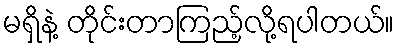
မရှိနဲ့ တိုင်းတာကြည့်လို့ရပါတယ်။